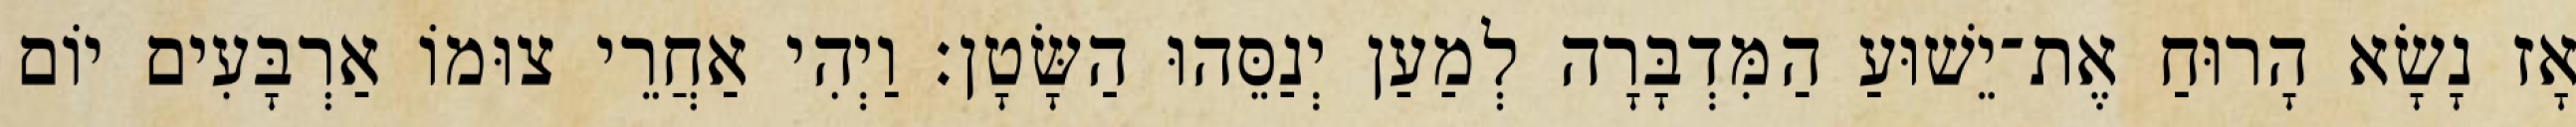
אָז נָשָׂא הָרוּחַ אֶת־יֵשׁוּעַ הַמִּדְבָּרָה לְמַעַן יְנַסֵּהוּ הַשָּׂטָן׃ וַיְהִי אַחֲרֵי צוּמוֹ אַרְבָּעִים יוֹם